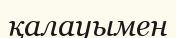
қалауымен